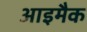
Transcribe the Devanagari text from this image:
आइमैक